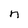
Character: n